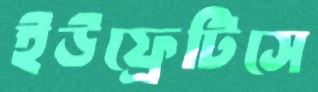
ইউফ্রেটিসে